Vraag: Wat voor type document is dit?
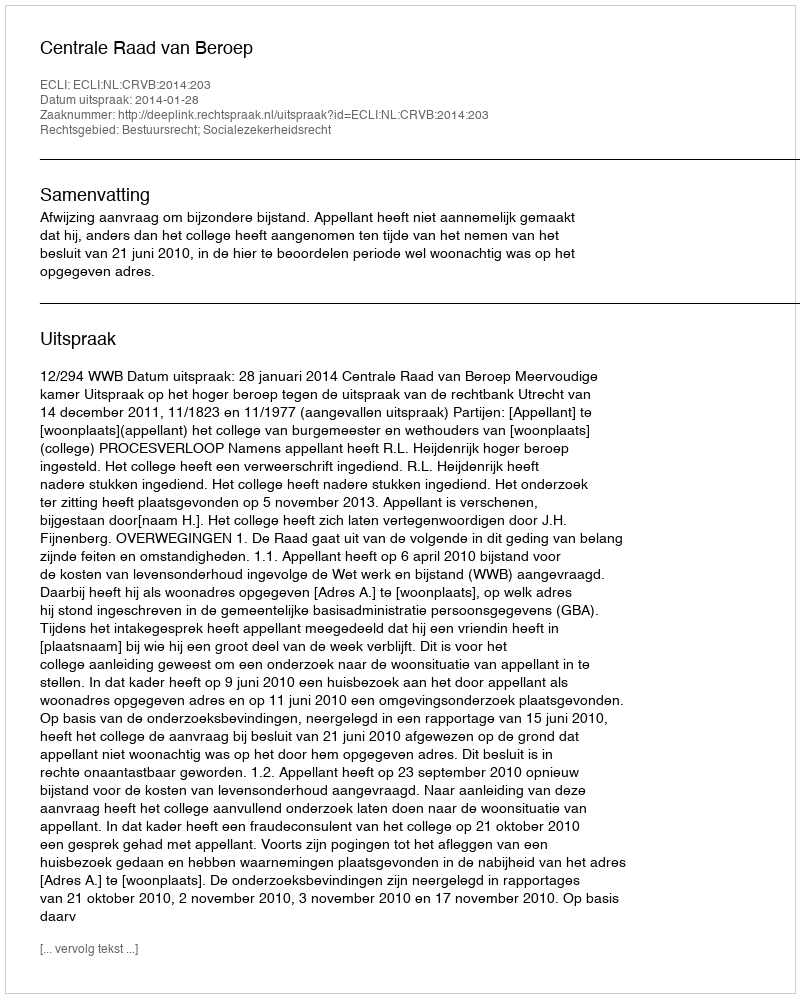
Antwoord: Uitspraak